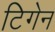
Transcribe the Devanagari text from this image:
टिगेन